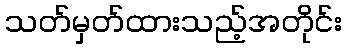
သတ်မှတ်ထားသည့်အတိုင်း